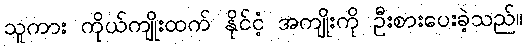
သူကား ကိုယ်ကျိုးထက် နိုင်ငံ့ အကျိုးကို ဦးစားပေးခဲ့သည်။